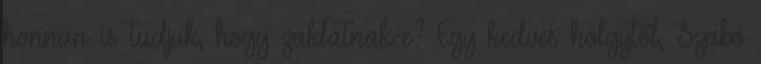
honnan is tudjuk, hogy zaklatnak-e? Egy kedves hölgytől, Szabó